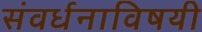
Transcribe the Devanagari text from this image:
संवर्धनाविषयी